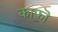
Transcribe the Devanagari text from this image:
काफ़ॊ